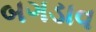
બગડાવ